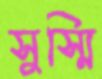
সুস্মি